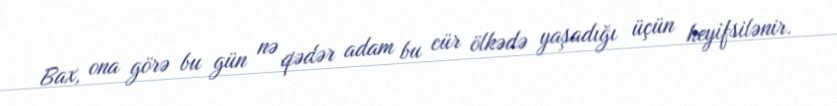
Bax, ona görə bu gün nə qədər adam bu cür ölkədə yaşadığı üçün heyifsilənir.